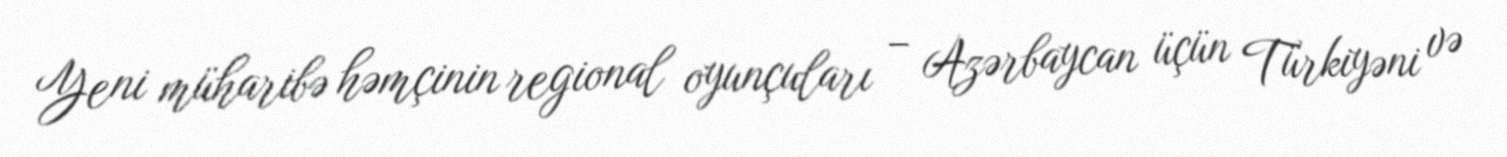
Yeni müharibə həmçinin regional oyunçuları – Azərbaycan üçün Türkiyəni və